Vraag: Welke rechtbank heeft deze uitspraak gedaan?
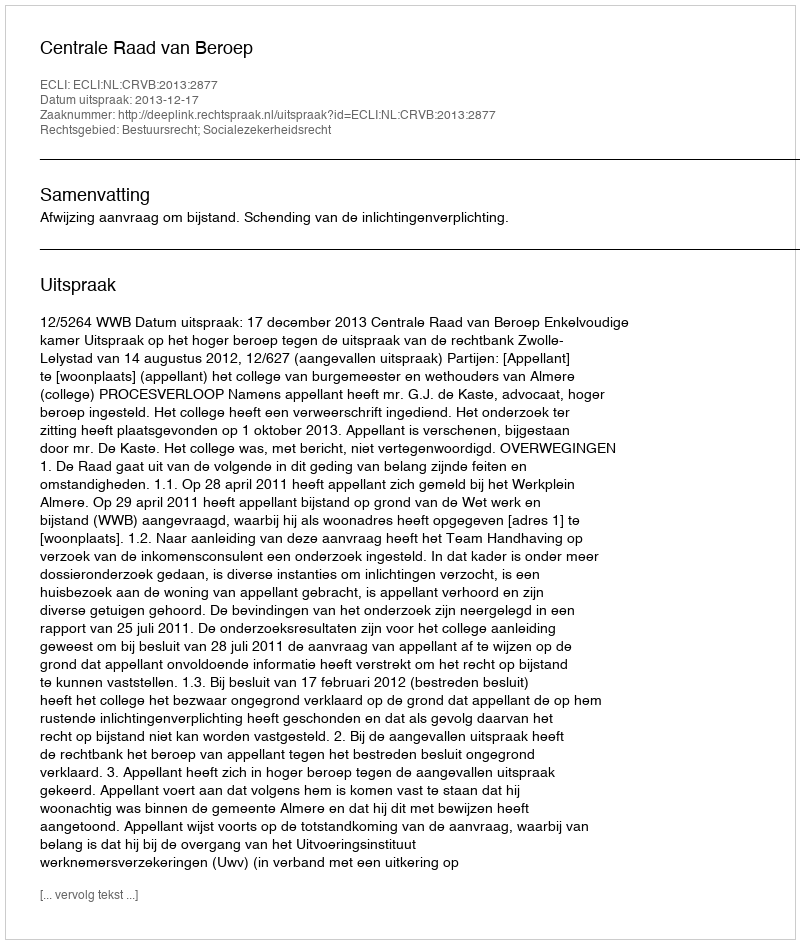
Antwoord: Centrale Raad van Beroep